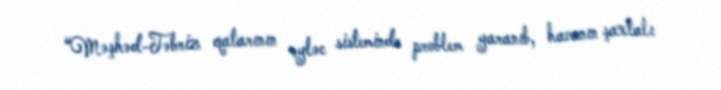
“Məşhəd-Təbriz qatarının əyləc sistemində problem yaranıb, havanın şaxtalı